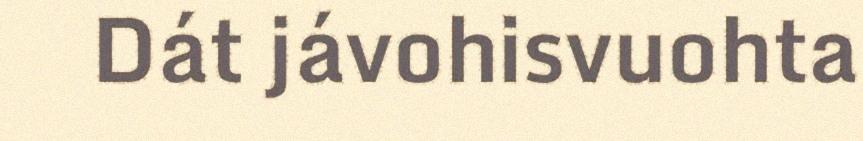
Dát jávohisvuohta